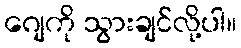
ဂျေကို သွားချင်လို့ပါ။